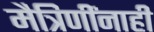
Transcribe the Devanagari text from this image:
मैत्रिणींनाही